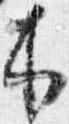
木